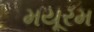
મયૂરમ